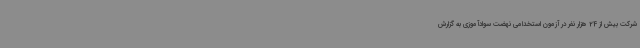
شرکت بیش از 24 هزار نفر در آزمون استخدامی نهضت سوادآموزی به گزارش